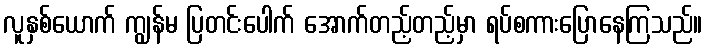
လူနှစ်ယောက် ကျွန်မ ပြတင်းပေါက် အောက်တည့်တည့်မှာ ရပ်စကားပြောနေကြသည်။